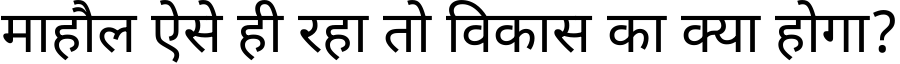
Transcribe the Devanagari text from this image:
माहौल ऐसे ही रहा तो विकास का क्या होगा?